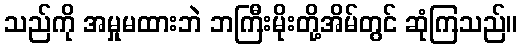
သည်ကို အမှုမထားဘဲ ဘကြီးမိုးတို့အိမ်တွင် ဆုံကြသည်။